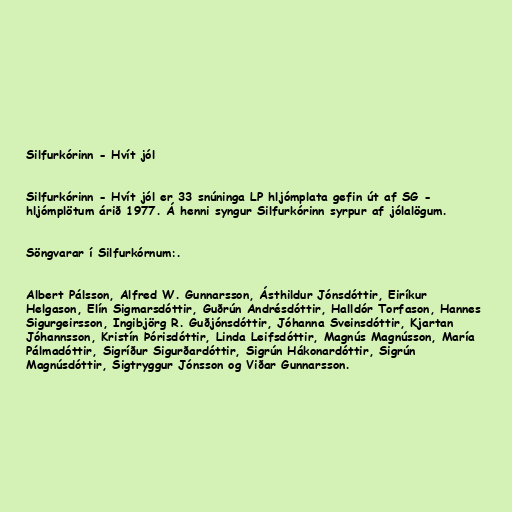
Silfurkórinn - Hvít jól

Silfurkórinn - Hvít jól er 33 snúninga LP hljómplata gefin út af SG -
hljómplötum árið 1977. Á henni syngur Silfurkórinn syrpur af jólalögum.

Söngvarar í Silfurkórnum:.

Albert Pálsson, Alfred W. Gunnarsson, Ásthildur Jónsdóttir, Eiríkur
Helgason, Elín Sigmarsdóttir, Guðrún Andrésdóttir, Halldór Torfason, Hannes
Sigurgeirsson, Ingibjörg R. Guðjónsdóttir, Jóhanna Sveinsdóttir, Kjartan
Jóhannsson, Kristín Þórisdóttir, Linda Leifsdóttir, Magnús Magnússon, María
Pálmadóttir, Sigríður Sigurðardóttir, Sigrún Hákonardóttir, Sigrún
Magnúsdóttir, Sigtryggur Jónsson og Viðar Gunnarsson.